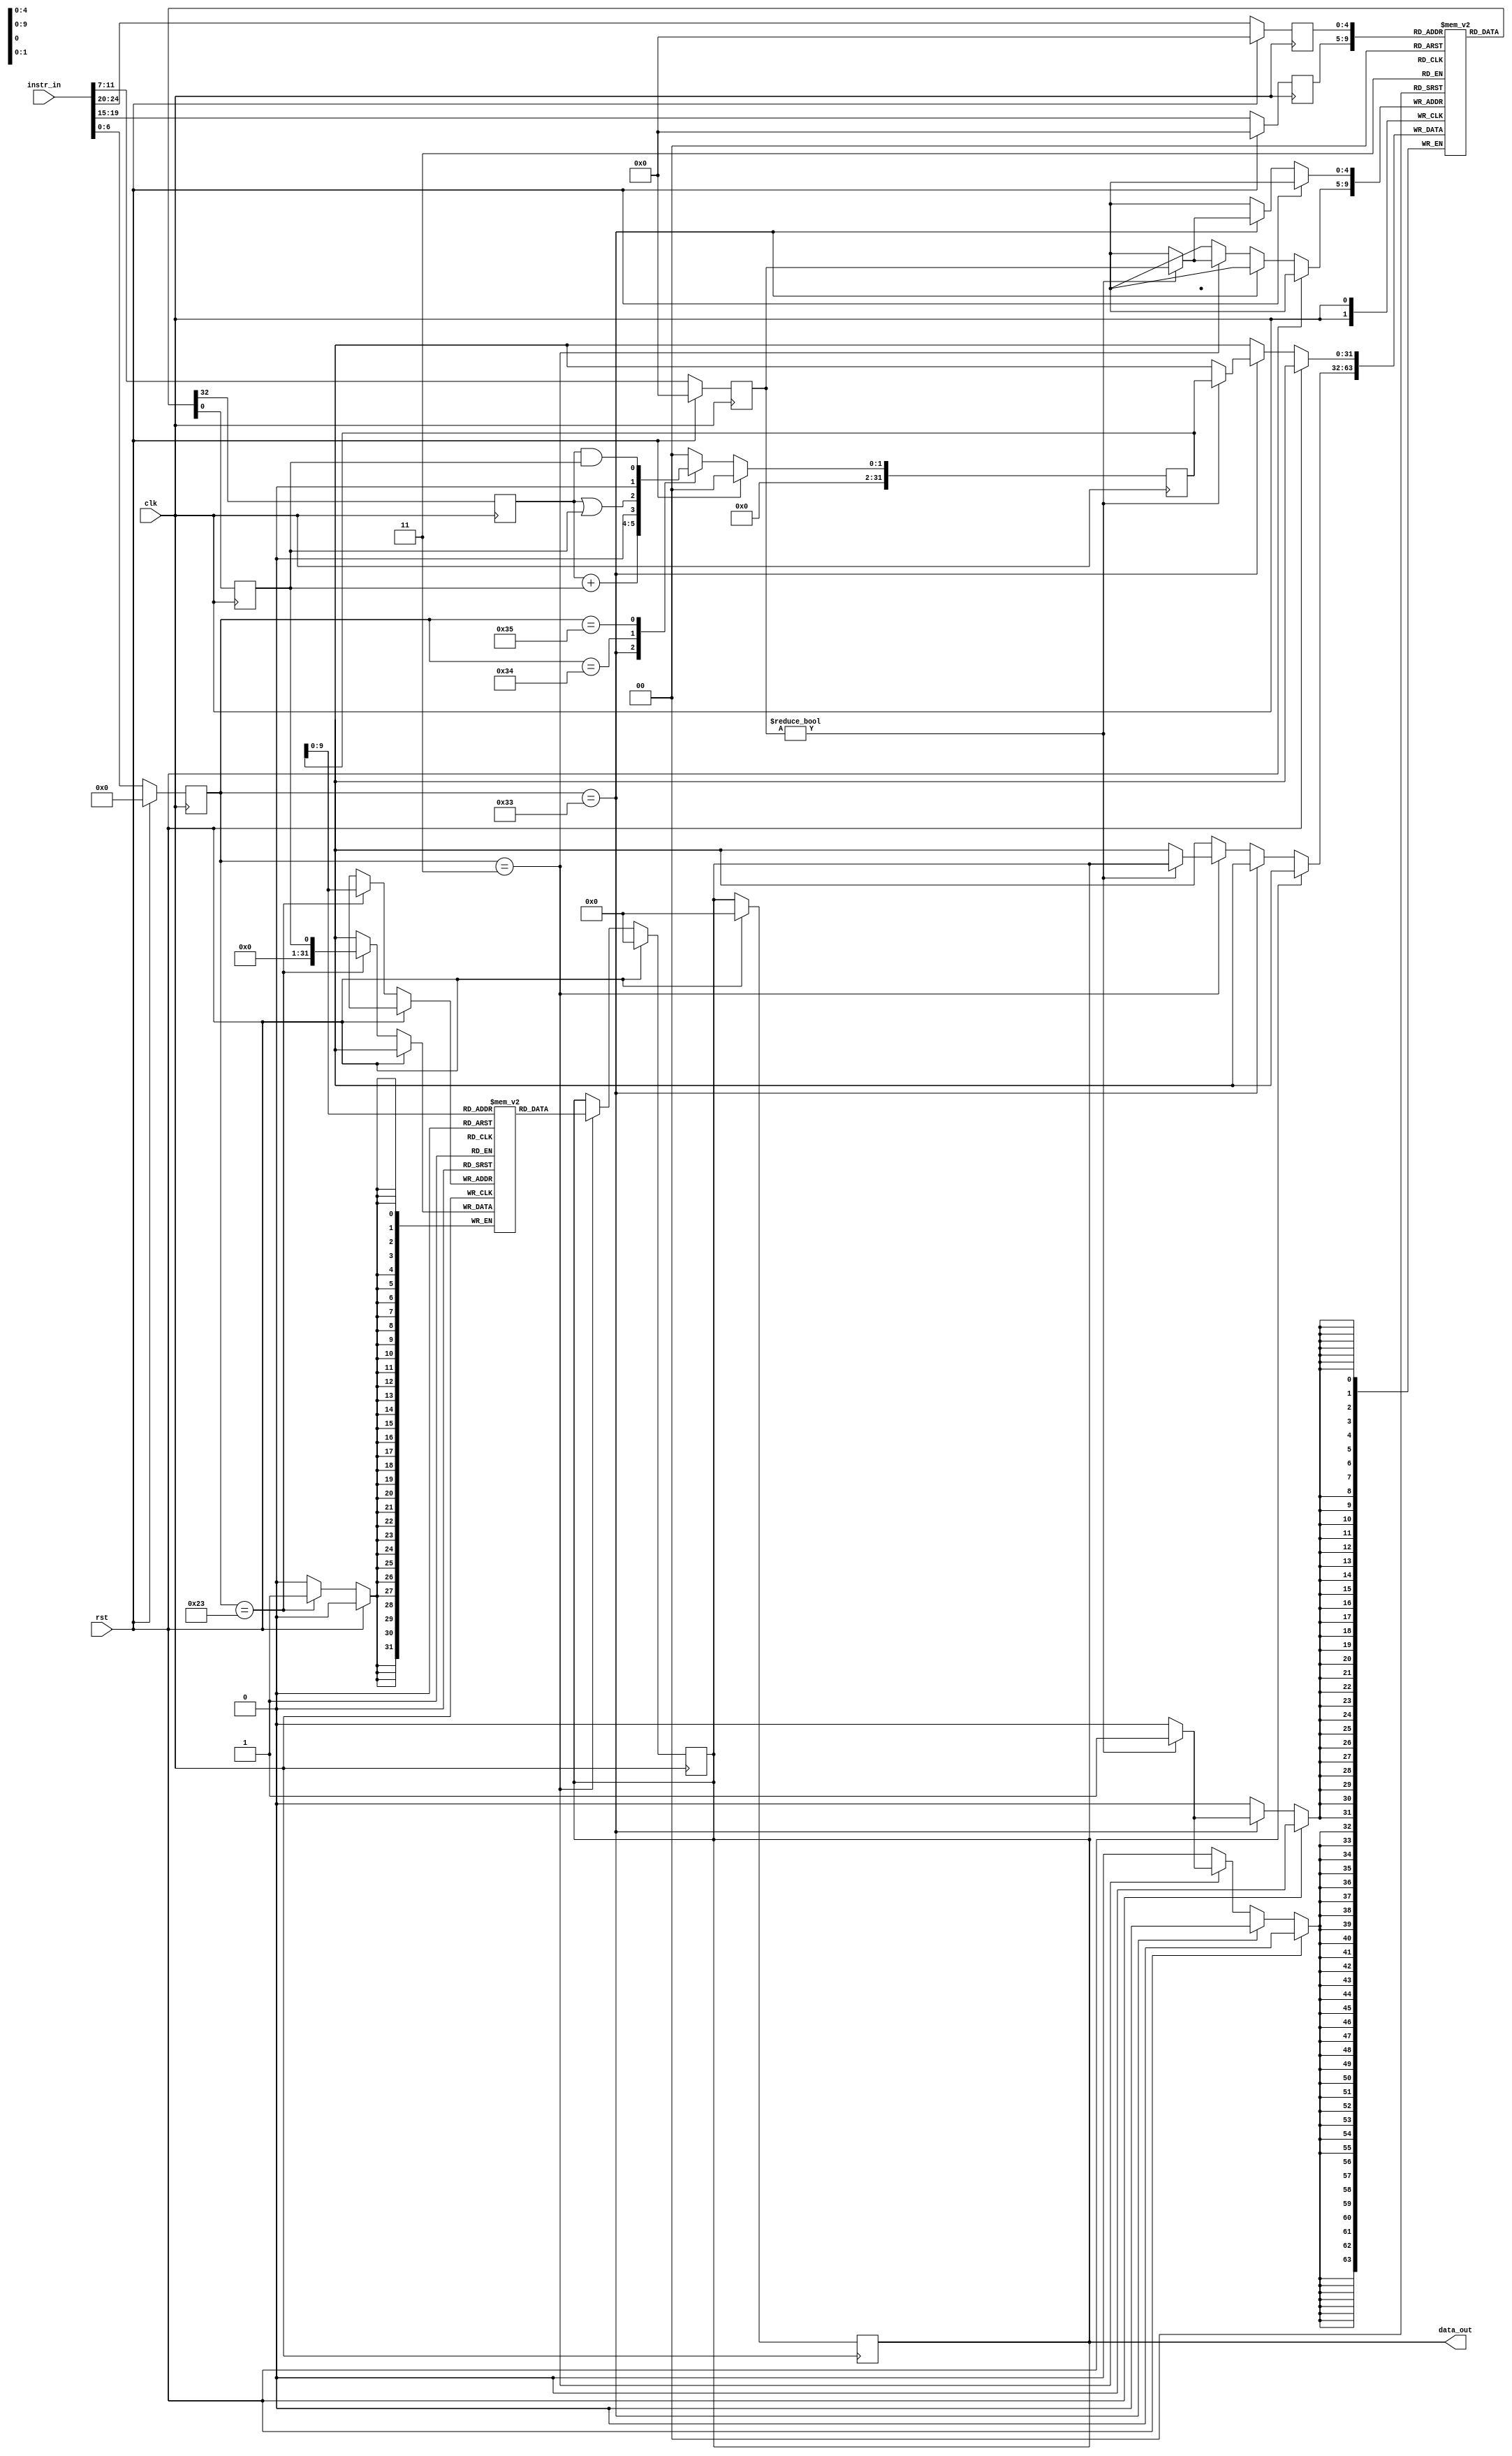
module cilantro_rv_top(
	input clk,
	input rst,
	input [31:0] instr_in,
	output [31:0] data_out
);

// Register File
reg [31:0] reg_file [0:31];
reg [4:0] rs1, rs2, rd; // Reg address
reg [31:0] imm;
reg [6:0] opcode;
reg [31:0] PC;

// ALU Output
reg [31:0] alu_out;

reg [31:0] data_out;

// Memory 4KB
reg [31:0] memory [1023:0];

// Instruction Fetch stage
always @(posedge clk) begin
	if (rst) begin
		PC <= 32'b0;
	end else begin
		PC <= PC + 4;
	end
end

// Instruction Decode stage
always @(posedge clk) begin
	if (rst) begin
		opcode  <=  7'b0;
		rs1     <=  5'b0;
		rs2     <=  5'b0;
		rd      <=  5'b0;
		imm     <=  32'b0;
	end else begin
		opcode  <=  instr_in[6:0];
		rs1     <=  instr_in[19:15];
		rs2     <=  instr_in[24:20];
		rd      <=  instr_in[11:7];
		imm     <=  {{20{instr_in[31]}}, instr_in[31:20]};
	end
end

reg reg_read_data1, reg_read_data2;

// Register file Read
always @(posedge clk) begin
	reg_read_data1 <= reg_file[rs1];
	reg_read_data2 <= reg_file[rs2];
end

// ALU
always @(posedge clk) begin
	if (rst) begin
		alu_out <= 'b0;
	end else begin
		case (opcode) 
			7'b0110011: alu_out <= reg_read_data1 + reg_read_data2; // ADD operation
			7'b0110100: alu_out <= reg_read_data1 | reg_read_data2; // OR operation
			7'b0110101: alu_out <= reg_read_data1 & reg_read_data2; // AND operation
			default: alu_out <= 'b0;
		endcase
	end
end

// Memory unit (LOAD instruction)
always @(posedge clk) begin
	if (rst) begin
		data_out <= 'b0;
	end else begin
		if (opcode == 7'b0000011) begin // Load instruction
			data_out <= memory[alu_out];
		end
	end
end

// Memory unit (STORE instruction)
always @(posedge clk) begin
	if (rst) begin
		data_out <= 'b0;
	end else begin
		if (opcode == 7'b0100011) begin // Load instruction
			memory[alu_out] <= reg_read_data2;
		end
	end
end

// Write Back stage
always @(posedge clk) begin
	if (!rst) begin
		if (opcode == 7'b0110011) begin // ADD instruction
			if (rd != 0) begin
				reg_file[rd] <= alu_out;
			end
		end else if (opcode == 7'b0000011) begin // LOAD instruction
			if (rd != 0) begin
				reg_file[rd] <= data_out;
			end
		end
	end
end

reg [2:0] alu_op;
reg write_en_reg;
reg mem_rd_en;
reg mem_wr_en;

// Control Logic
always @(posedge clk) begin
	if (rst) begin
		alu_op <= 'b0;
		write_en_reg <= 'b0;
		mem_rd_en <= 'b0;
		mem_wr_en <= 'b0;
	end else begin
		case (opcode)
			7'b0110011: begin // R type 
				alu_op <= 3'b000;
				write_en_reg <= 1'b1;
			end
			7'b0000011: begin // I type 
				alu_op <= 3'b000;
				mem_rd_en <= 'b1;
				write_en_reg <= 1'b1;
			end
			7'b0100011: begin // I type 
				alu_op <= 3'b000;
				mem_wr_en <= 'b1;
			end
			default: begin
				alu_op <= 'b0;
				write_en_reg <= 'b0;
				mem_rd_en <= 'b0;
				mem_wr_en <= 'b0;
			end
		endcase
	end
end

endmodule